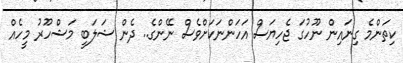
ކިތަންމެ ގިނައިން ނޫހުގަ ޖެހިޔަސް އަހަންނަކަށްވެސް ނޭންގެ.. ދެން ޝަލަބީ މަޝްހޫރު މީހެެއް